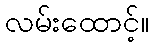
လမ်းထောင့်။